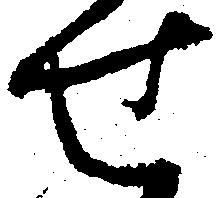
せ